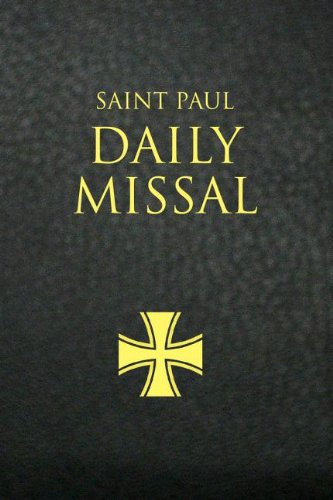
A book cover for Saint Paul Daily Missal; Christian Books & Bibles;